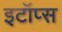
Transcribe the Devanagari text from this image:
इटॉप्स